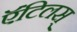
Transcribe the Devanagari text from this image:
ऍंटिलस्‌